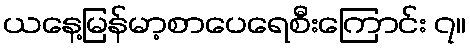
ယနေ့မြန်မာ့စာပေရေစီးကြောင်း ၇။